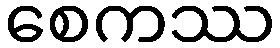
စေကဿ